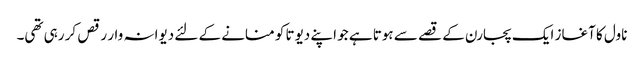
ناول کا آغاز ایک پجارن کے قصے سے ہوتا ہے جو اپنے دیوتا کو منانے کے لئے دیوانہ وار رقص کر رہی تھی۔